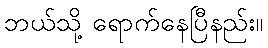
ဘယ်သို့ ရောက်နေပြီနည်း။